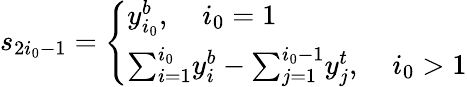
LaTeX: s_{2i_{0}-1}=\left\{ \begin{array}{ll}{y_{i_{0}}^{b},\; \; \; \ i_{0}=1}\\ {{\textstyle\sum_{i=1}^{i_{0}}}y_{i}^{b}-{\textstyle\sum_{j=1}^{i_{0}-1}}y_{j}^{t},\; \; \; \ i_{0}>1}\end{array}\right.